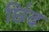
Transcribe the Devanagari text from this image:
छिंद